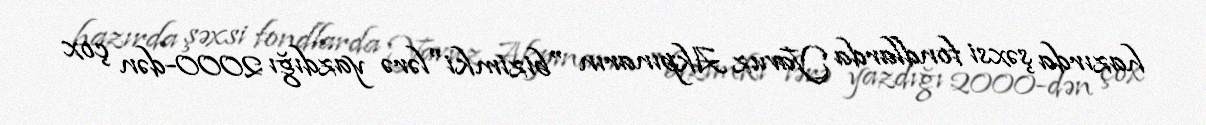
hazırda şəxsi fondlarda Yavuz Akpınarın "bizimki"lərə yazdığı 2000-dən çox